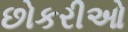
છોકરીઓ